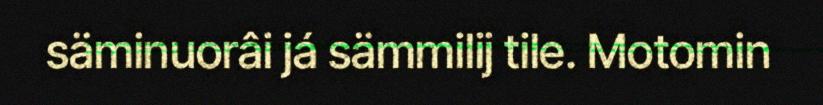
säminuorâi já sämmilij tile. Motomin